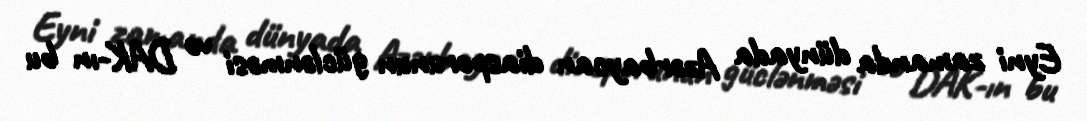
Eyni zamanda dünyada Azərbaycan diasporunun güclənməsi və DAK-ın bu